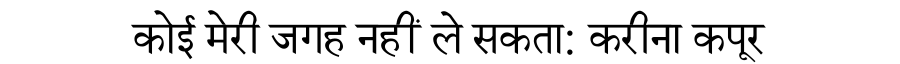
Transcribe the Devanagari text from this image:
कोई मेरी जगह नहीं ले सकता: करीना कपूर